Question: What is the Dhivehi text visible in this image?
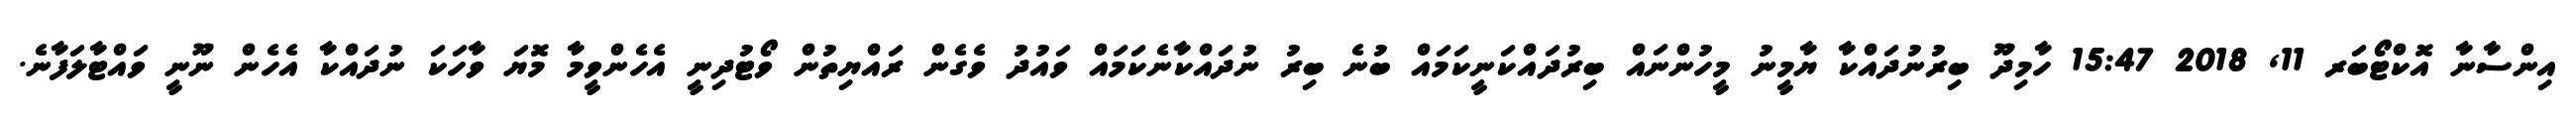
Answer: އިންސާނާ އޮކްޓޯބަރ 11, 2018 15:47 ހާމިދޫ ބިރުނުދައްކާ ޔާމީނު މީހުންނައް ބިރުދައްކަނީކަމައް ބުނެ ބިރު ނުދައްކާނެކަމައް ވައުދު ވެގެން ރައްޔިތުން ވޯޓުދިނީ އެހެންވީމާ މޮޔަ ވާހަކަ ނުދައްކާ އެހެން ނޫނީ ވައްޓާލަފާނެ.